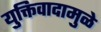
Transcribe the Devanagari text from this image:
युक्तिवादामुळे